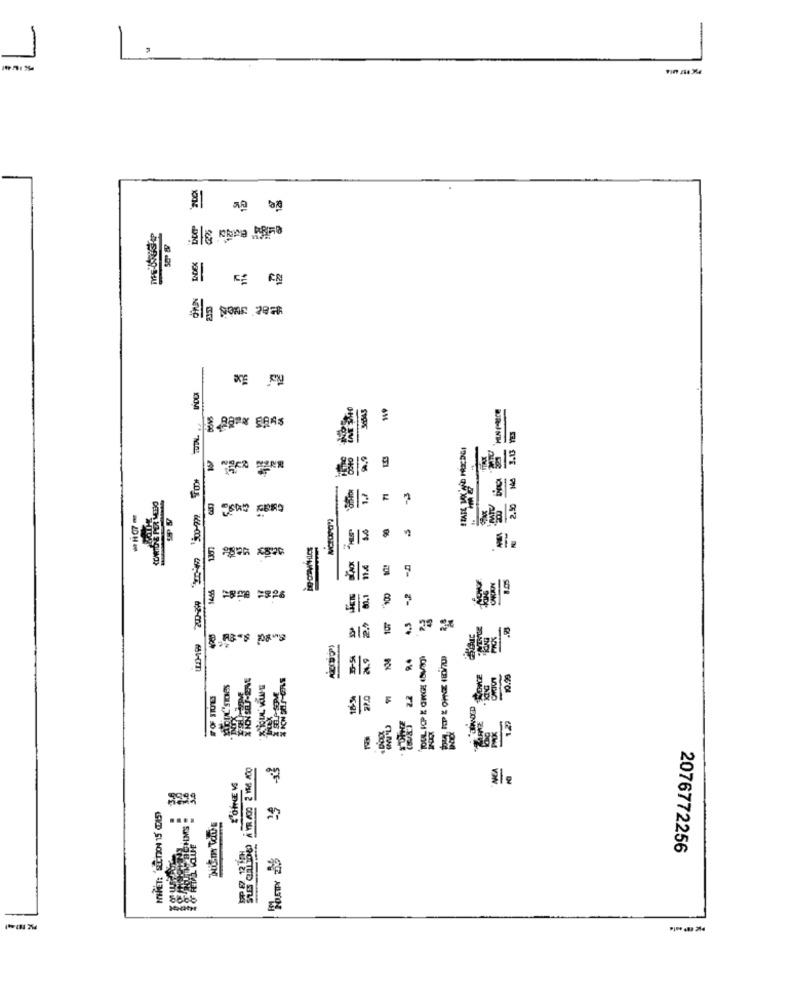
-
1
WA
07
997%
4.5
₿ 2.2º 3
SEPS
to
2076772256
568
$-